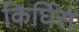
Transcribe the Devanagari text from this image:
किर्घिस